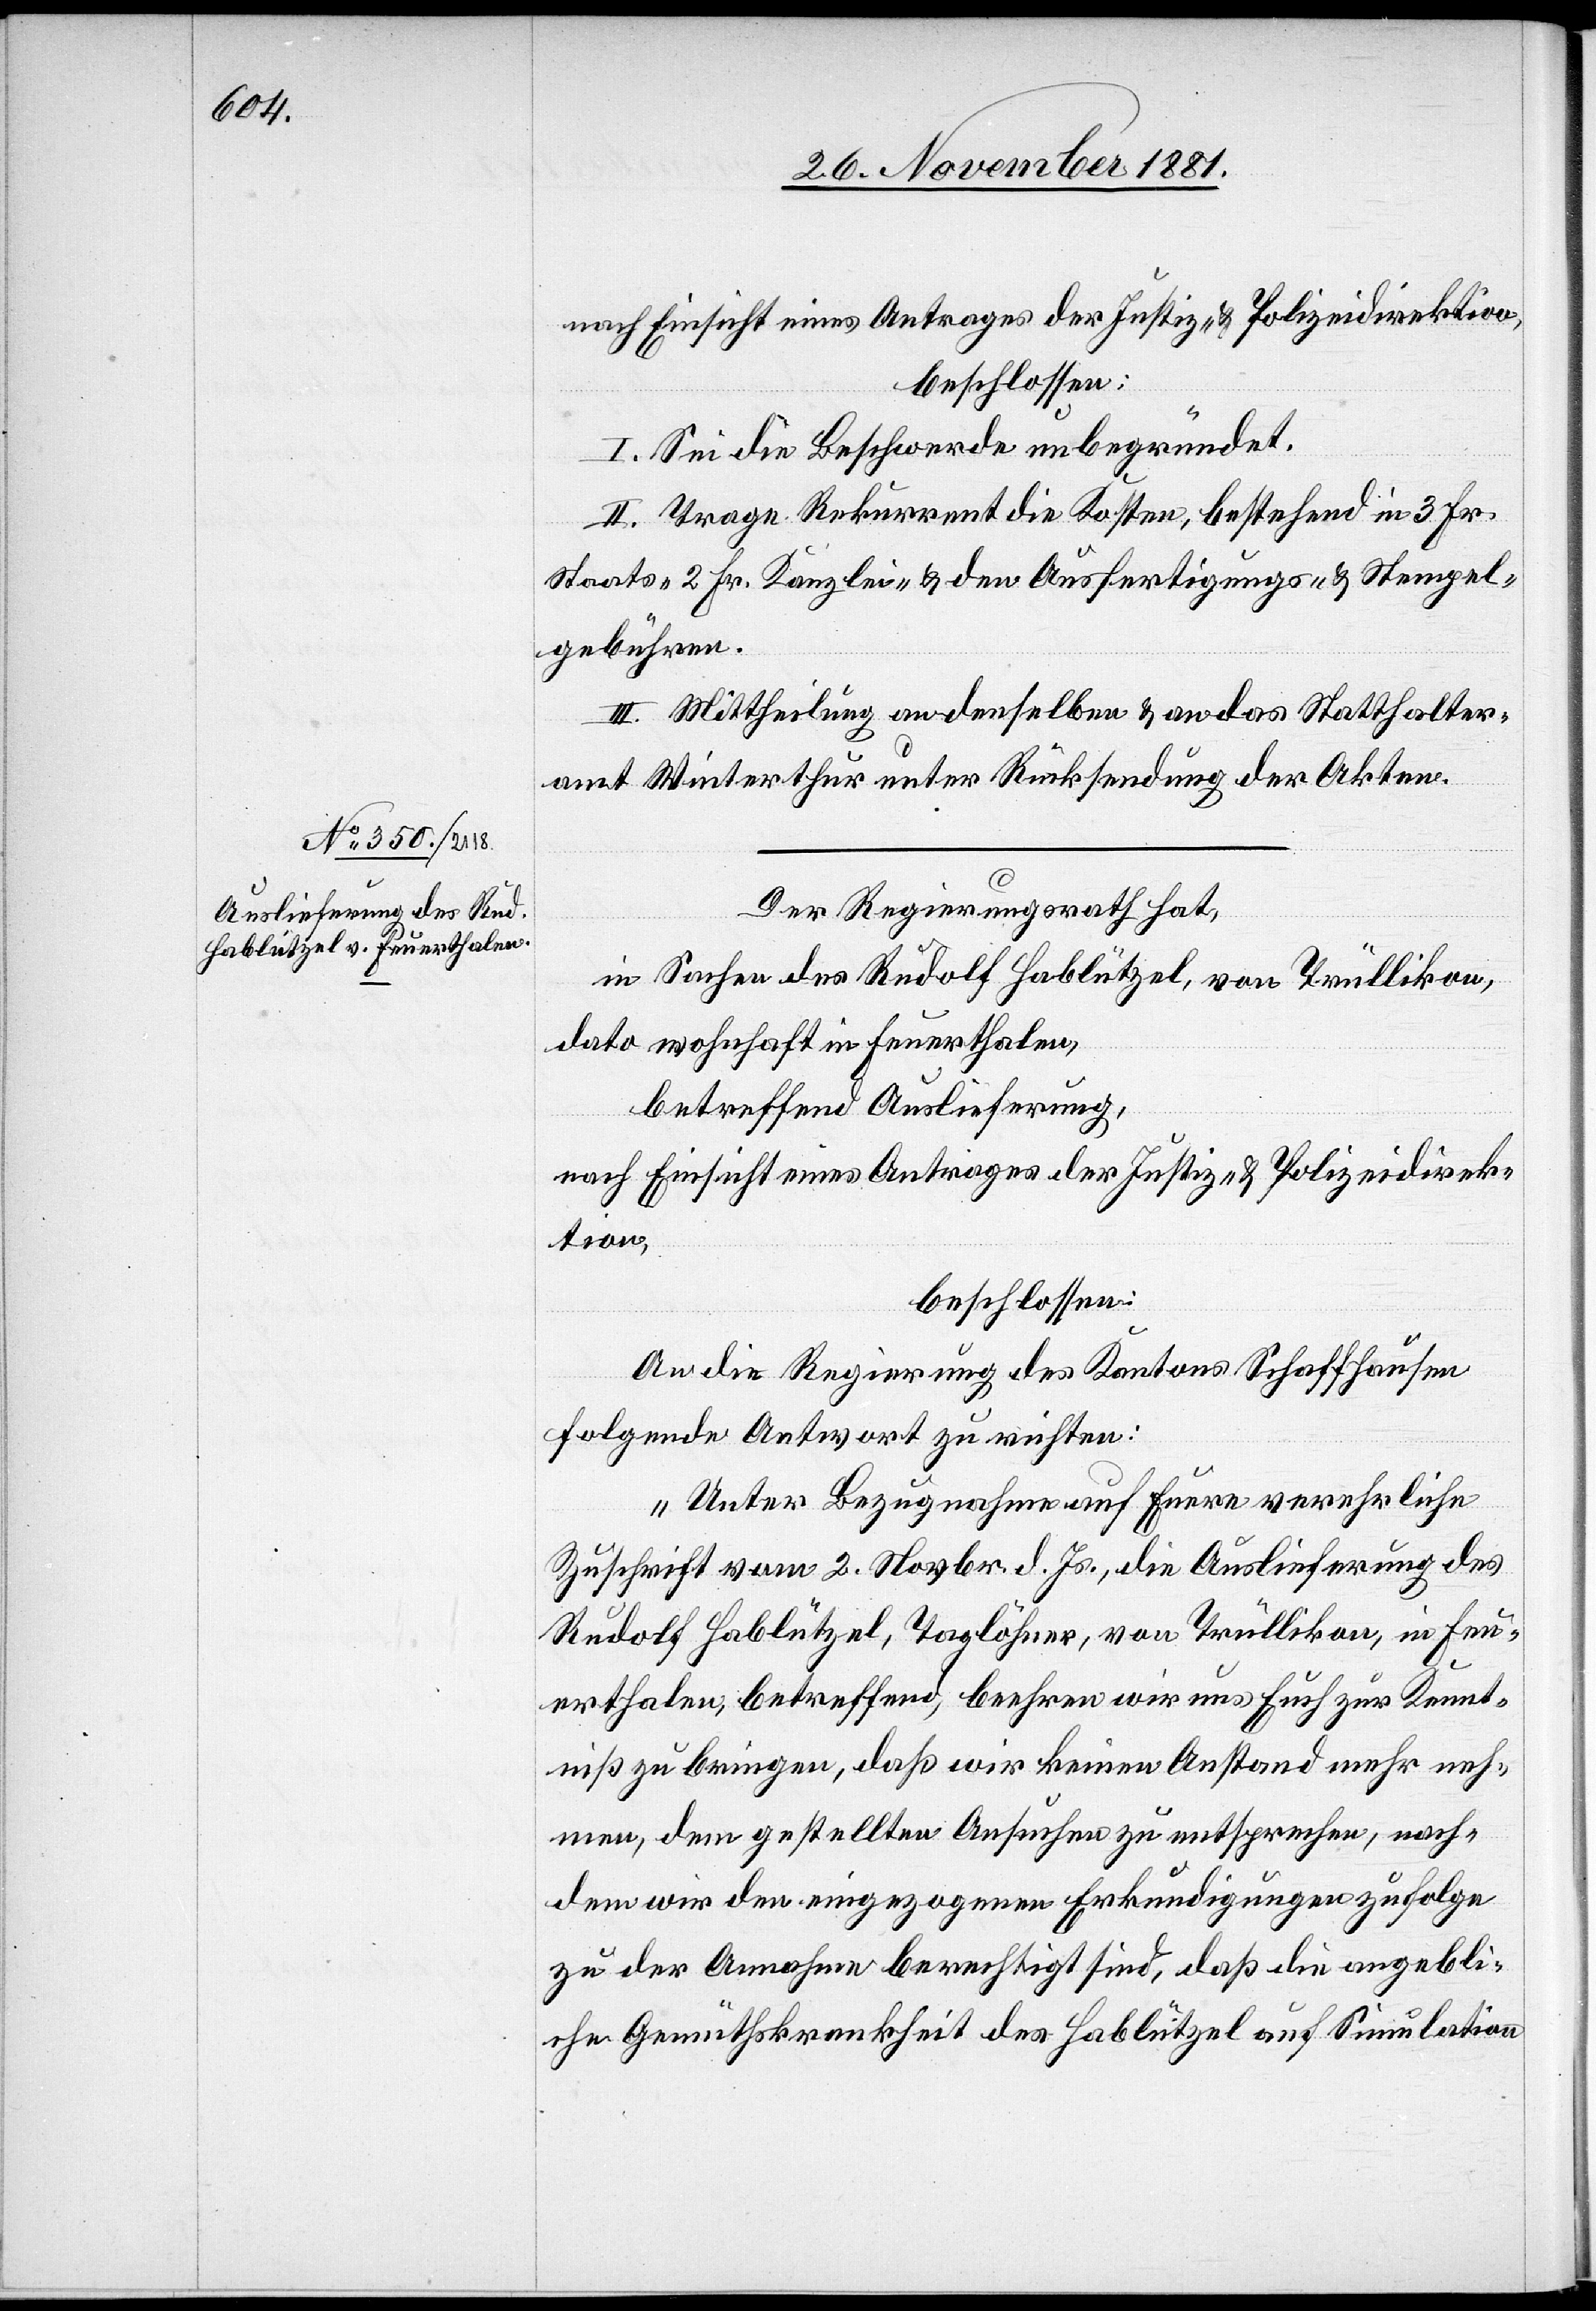
nach Einsicht eines Antrages der Justiz- & Polizeidirektion,
beschlossen:
I. Sei die Beschwerde unbegründet.
II. Trage Rekurrent die Kosten, bestehend in 3 Frk.
Staats-[,] 2 Fr. Kanzlei- & den Ausfertigungs- & Stempel¬
gebühren.
III. Mittheilung an denselben & an das Statthalter¬
amt Winterthur unter Rücksendung der Akten.
Der Regierungsrath hat,
in Sachen des Rudolf Hablützel, von Trüllikon,
dato wohnhaft in Feuerthalen,
betreffend Auslieferung,
An die Regierung des Kantons Schaffhausen
folgende Antwort zu richten:
„Unter Bezugnahme auf Eure verehrliche
Zuschrift vom 2. Novbr. d. Js., die Auslieferung des
Rudolf Hablützel, Taglöhner, von Trüllikon, in Feu¬
erthalen, betreffend, beehren wir uns euch zur Kennt¬
niß zu bringen, daß wir keinen Anstand mehr neh¬
men, dem gestellten Ansuchen zu entsprechen, nach¬
dem wir den eingezogenen Erkundigungen zufolge
zu der Annahme berechtigt sind, daß die angebli¬
che Gemüthskrankheit des Hablützel auf Simulation